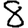
Digit: 8